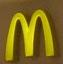
m